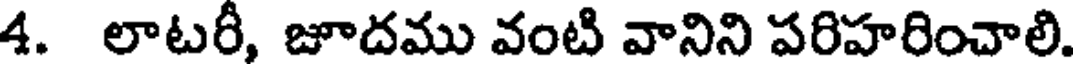
4. లాటరీ, జూదము వంటి వానిని పరిహరించాలి.